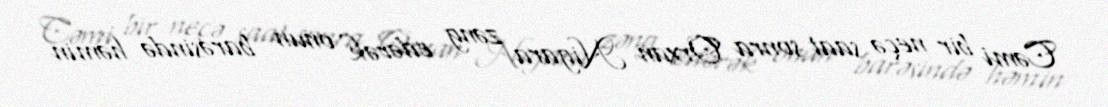
Cəmi bir neçə saat sonra Orxan Nigara zəng edərək onun barəsində həmin